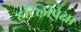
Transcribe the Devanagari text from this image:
हॉटेलांपेक्षा